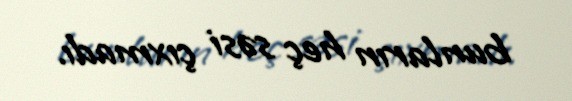
bunların heç səsi çıxmadı.